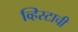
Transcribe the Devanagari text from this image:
व्हिस्टाची